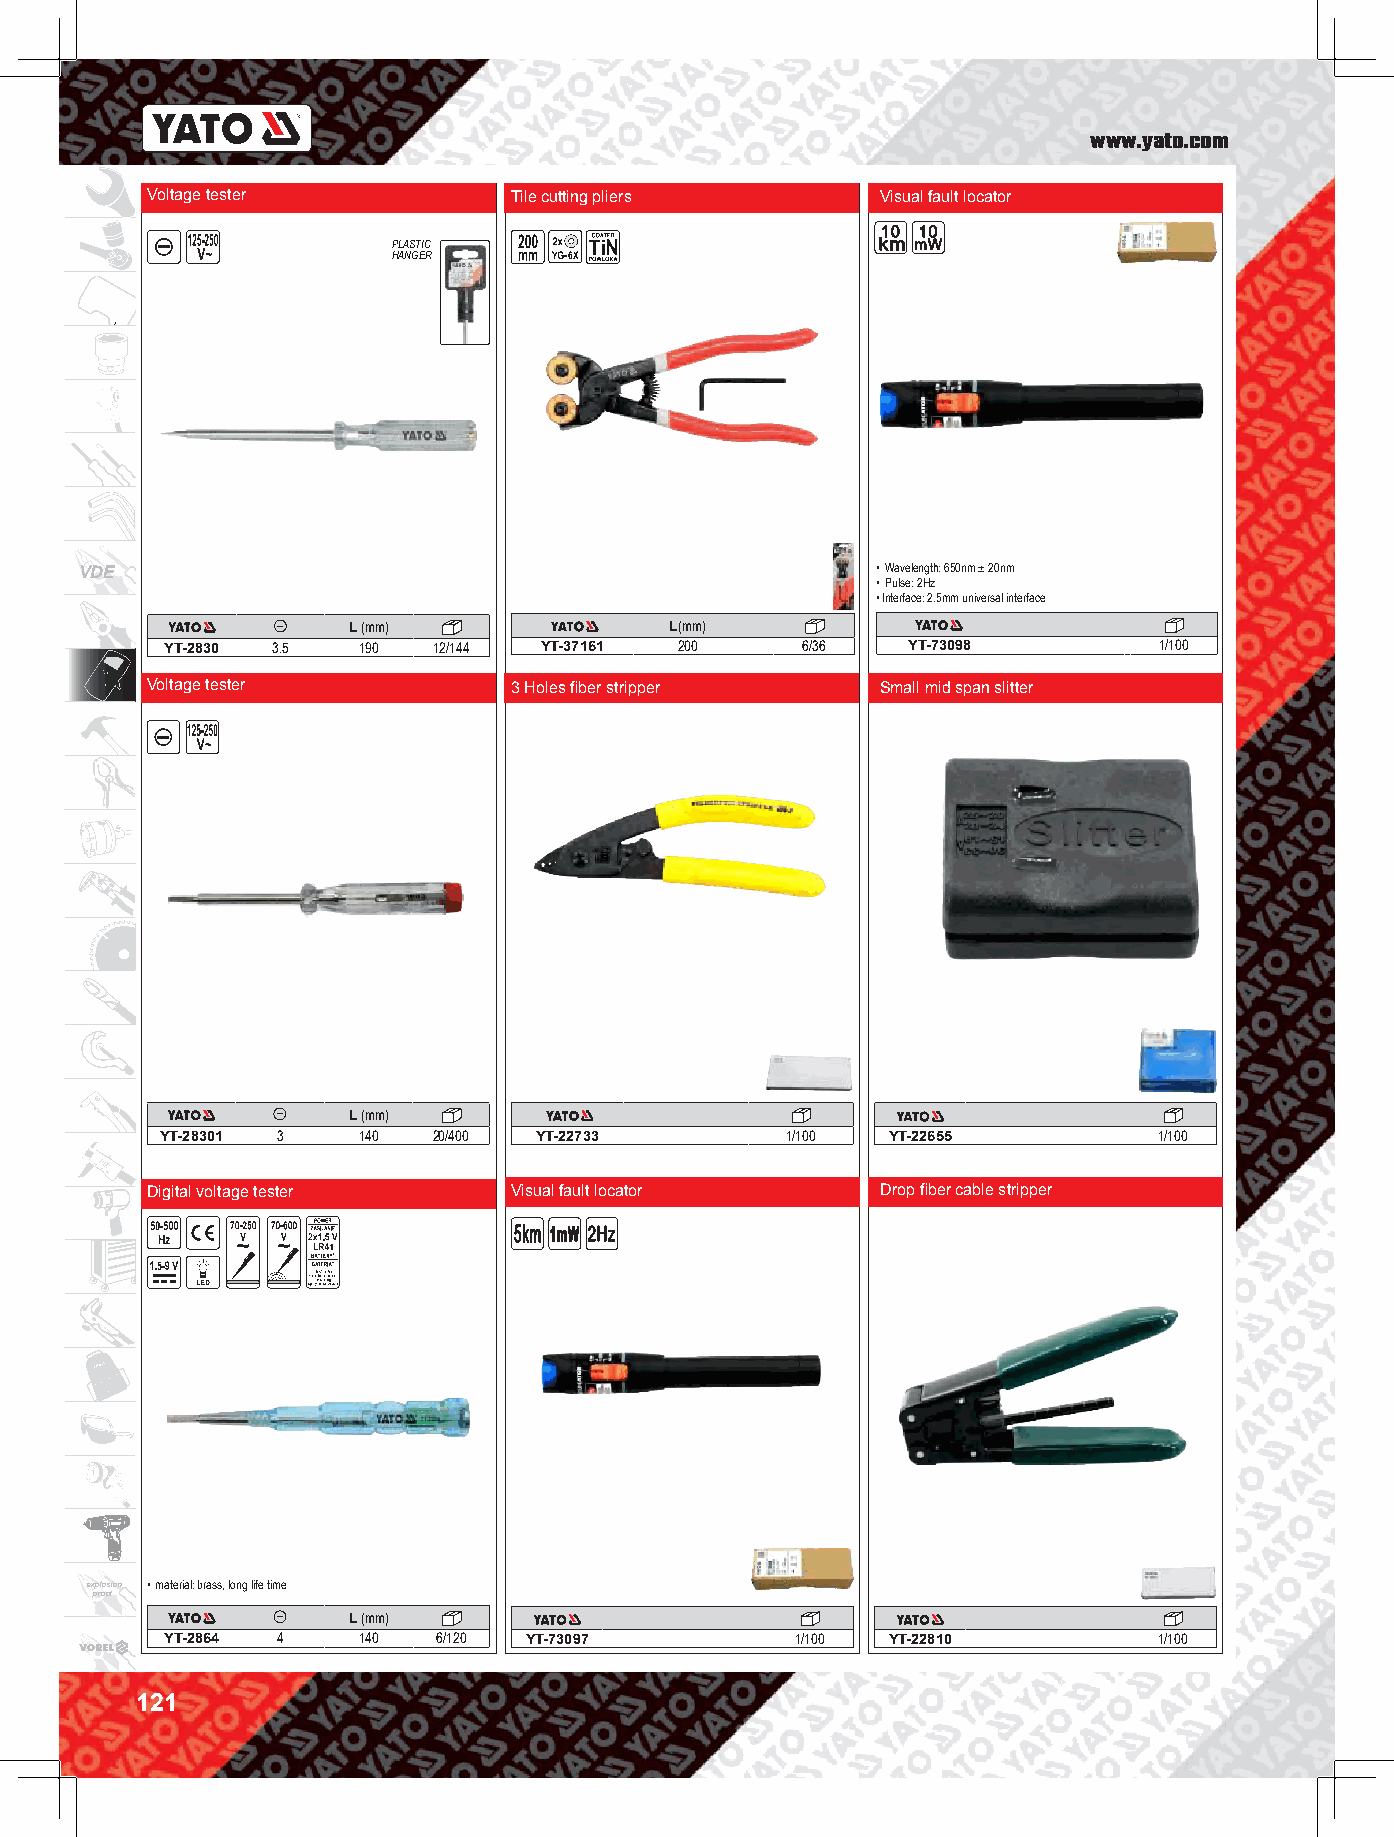
www.yato.com
 Voltage tester          Tile cutting pliers     Visual fault locator
 PLASTIC
 HANGER
 VDE                                                  • Wavelength: 650nm ± 20nm
 • Pulse: 2Hz
 • Interface: 2.5mm universal interface
 L (mm)               L(mm)
 YT-2830 3.5  190  12/144 YT-37161 200     6/36   YT-73098         1/100
 Voltage tester          3 Holes fiber stripper  Small mid span slitter
 L (mm)
 YT-28301 3   140  20/400 YT-22733        1/100  YT-22655          1/100
 Digital voltage tester  Visual fault locator    Drop fiber cable stripper
 explosion • material: brass, long life time
 proof
 L (mm)
 YT-2864 4    140  6/120 YT-73097          1/100 YT-22810          1/100
 121